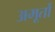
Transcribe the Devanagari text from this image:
अमूर्तो